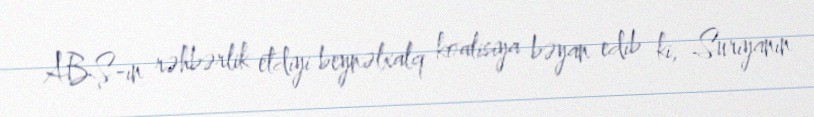
ABŞ-ın rəhbərlik etdiyi beynəlxalq koalisiya bəyan edib ki, Suriyanın